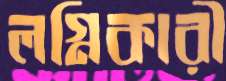
লগ্নিকারী